Distribution and causation of leprosy in British India
Year: 1875
Disease focus: Leprosy
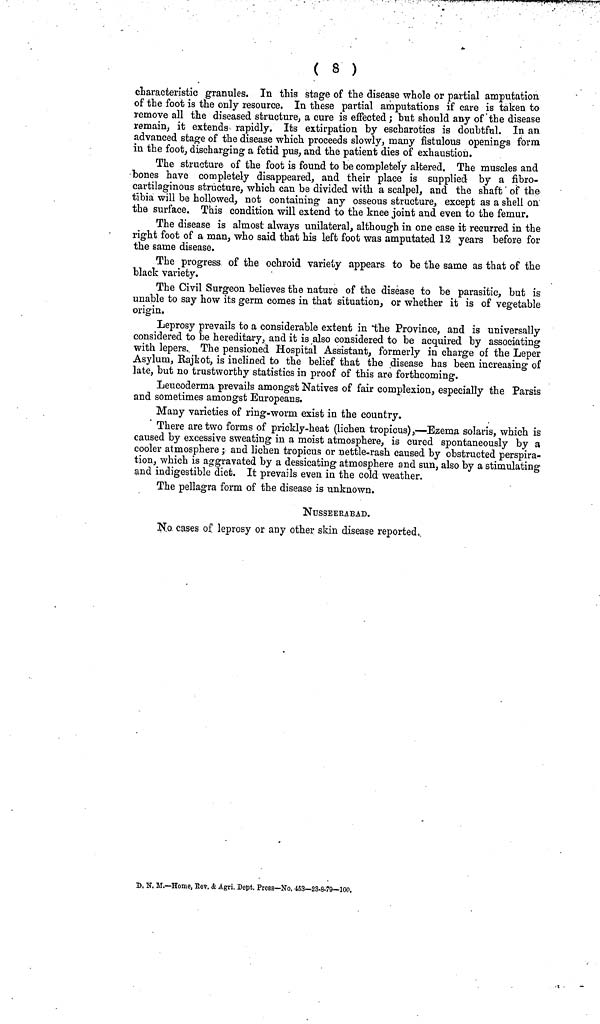
( 8 )
characteristic granules. In this stage of the disease whole or partial amputation
of the foot is the only resource. In these partial amputations if care is taken to
remove all the diseased structure, a cure is effected ; but should any of the disease
remain, it extends rapidly. Its extirpation by escharotics is doubtful. In an
advanced stage of the disease which proceeds slowly, many fistulous openings form
in the foot, discharging a fetid pus, and the patient dies of exhaustion.
The structure of the foot is found to be completely altered. The muscles and
bones have completely disappeared, and their place is supplied by a fibro-
cartilaginous structure, which can be divided with a scalpel, and the shaft of the
tibia will be hollowed, not containing any osseous structure, except as a shell on
the surface. This condition will extend to the knee joint and even to the femur.
The disease is almost always unilateral, although in one case it recurred in the
right foot of a man, who said that his left foot was amputated 12 years before for
the same disease.
The progress of the ochroid variety appears to be the same as that of the
black variety.
The Civil Surgeon believes the nature of the disease to be parasitic, but is
unable to say how its germ comes in that situation, or whether it is of vegetable
origin.
Leprosy prevails to a considerable extent in the Province, and is universally
considered to be hereditary, and it is also considered to be acquired by associating
with lepers. The pensioned Hospital Assistant, formerly in charge of the Leper
Asylum, Rajkot, is inclined to the belief that the disease has been increasing of
late, but no trustworthy statistics in proof of this are forthcoming.
Leucoderma prevails amongst Natives of fair complexion, especially the Parsis
and sometimes amongst Europeans.
Many varieties of ring-worm exist in the country.
There are two forms of prickly-heat (lichen tropicus),—Ezema Solaris, which is
caused by excessive sweating in a moist atmosphere, is cured spontaneously by a
cooler atmosphere ; and lichen tropicus or nettle-rash caused by obstructed perspira-
tion, which is aggravated by a dessicating atmosphere and sun, also by a stimulating
and indigestible diet. It prevails even in the cold weather.
The pellagra form of the disease is unknown.
NUSSEERABAD.
No cases of leprosy or any other skin disease reported.
JD, N. M.—Home, Rev. & Agri, Dept. Press—No, 463—23-8.79—100.